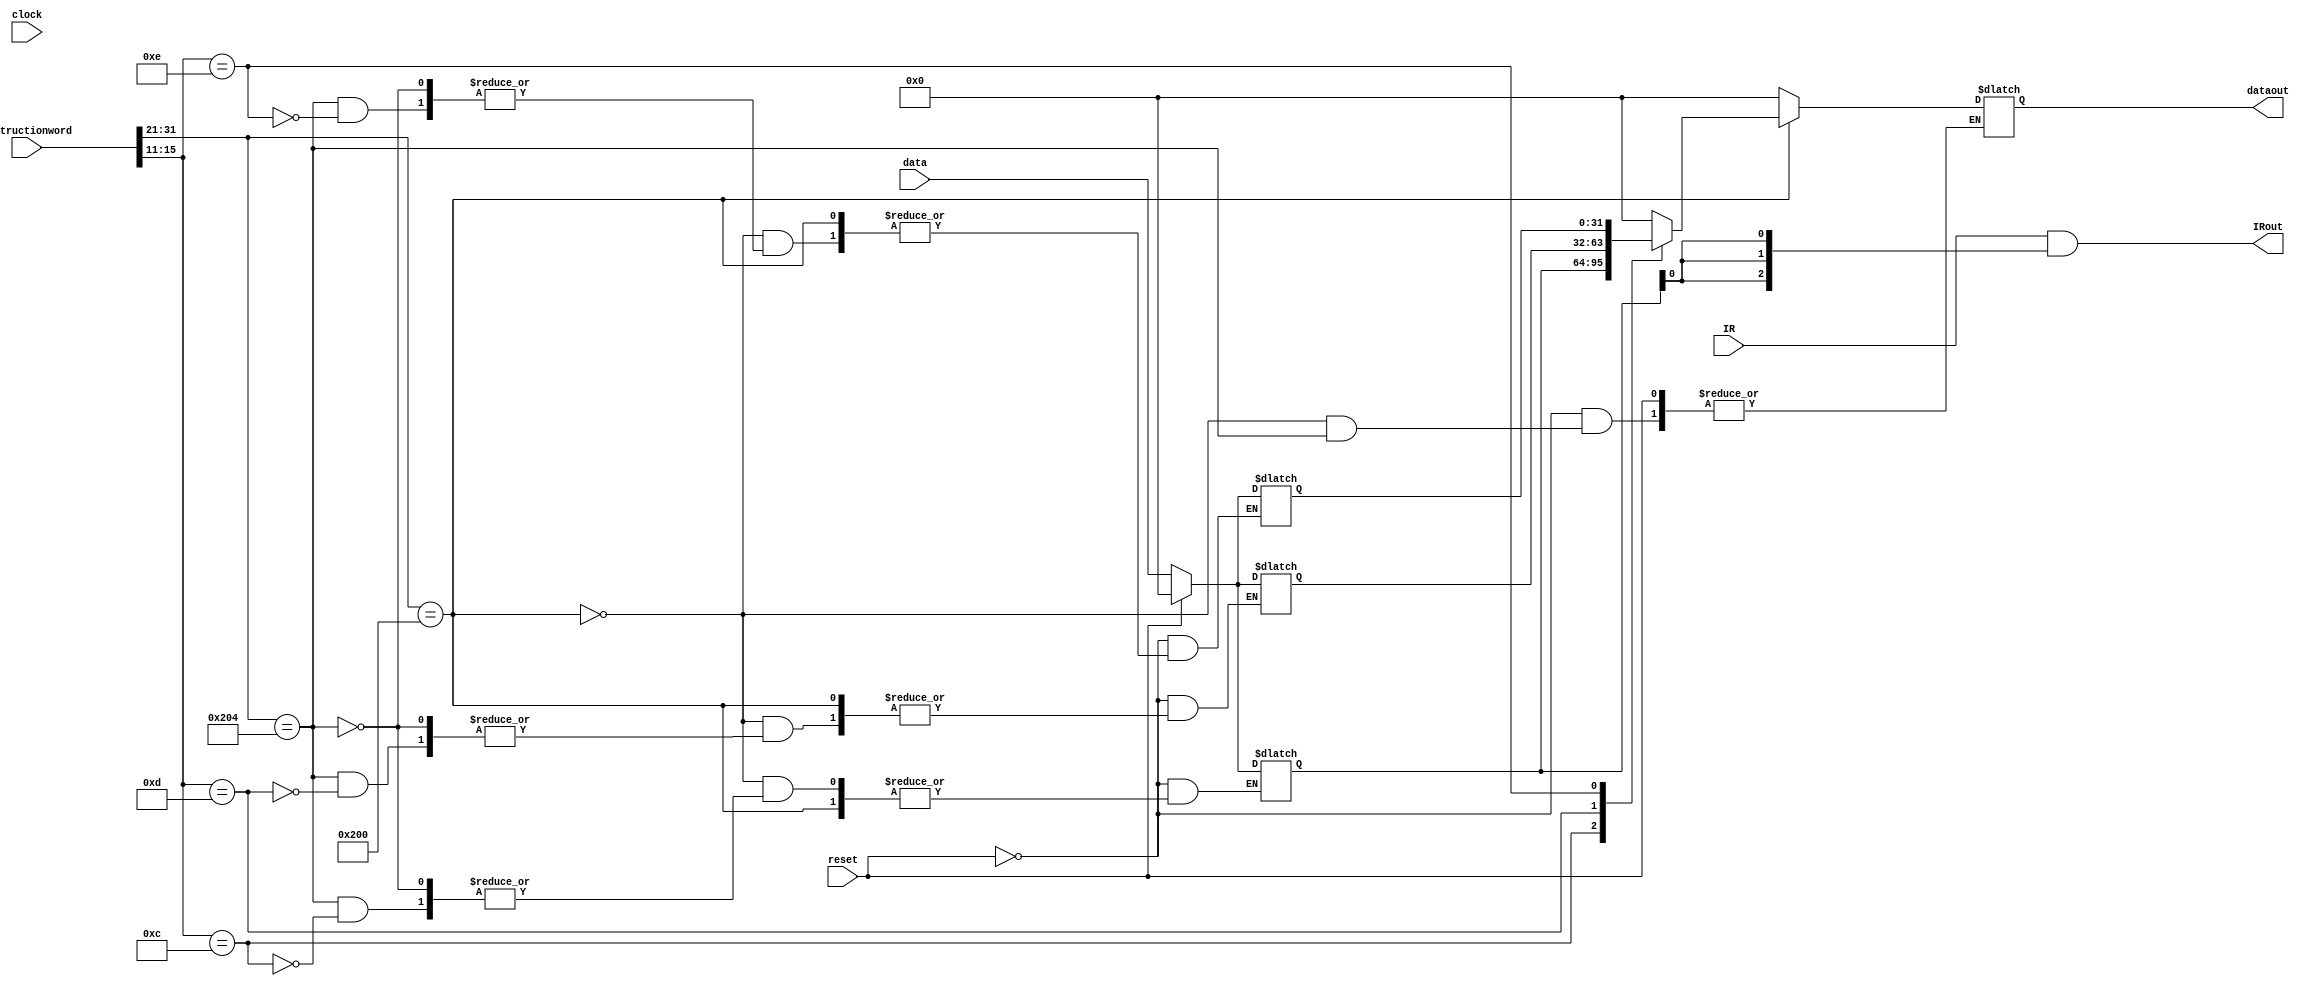
module Interrupt(
        input wire clock,
        input wire[2: 0] IR,         // IR
		input wire [31:0]instructionword,
		
        input wire [31:0]data,
        input wire reset,
		output [2:0] IRout,
        output reg [31:0]dataout
	);
	wire IE;
	assign IE=cp0[0][0];
	assign IRout=IR&{3{IE}};
	
	
	reg [31:0]cp0[0:2];//status,cause,epc
	always @(*) begin
		if(reset)
		begin
			 cp0[0]<=0;
			 cp0[1]<=0;
			 cp0[2]<=0;
		end
		else begin
			if(instructionword[31:21]==11'b010_0000_0000)
			begin
				case(instructionword[15:11])
				5'b01100: begin dataout<=cp0[0]; end//status
				5'b01101: begin dataout<=cp0[1]; end//cause
				5'b01110: begin dataout<=cp0[2]; end//epc
				default: dataout<=0;
				endcase
			end
			else if(instructionword[31:21]==11'b010_0000_0100)
			begin
				case(instructionword[15:11])
				5'b01100: begin cp0[0]<=data; end//status
				5'b01101: begin cp0[1]<=data; end//cause
				5'b01110: begin cp0[2]<=data; end//epc
				default:;
				endcase
			end
			else begin
				dataout<=0;
			end
		end
	end
	endmodule